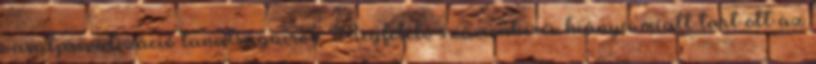
vasútprivatizáció tanulságairól. Megfelelő számonkérés hiánya miatt tart ott az